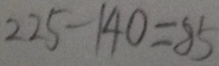
2 2 5 - 1 4 0 = 8 5